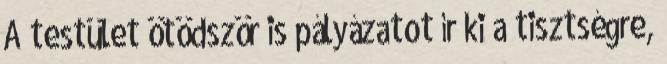
A testület ötödször is pályázatot ír ki a tisztségre,